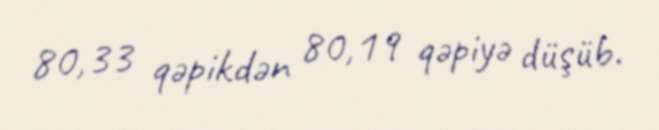
80,33 qəpikdən 80,19 qəpiyə düşüb.